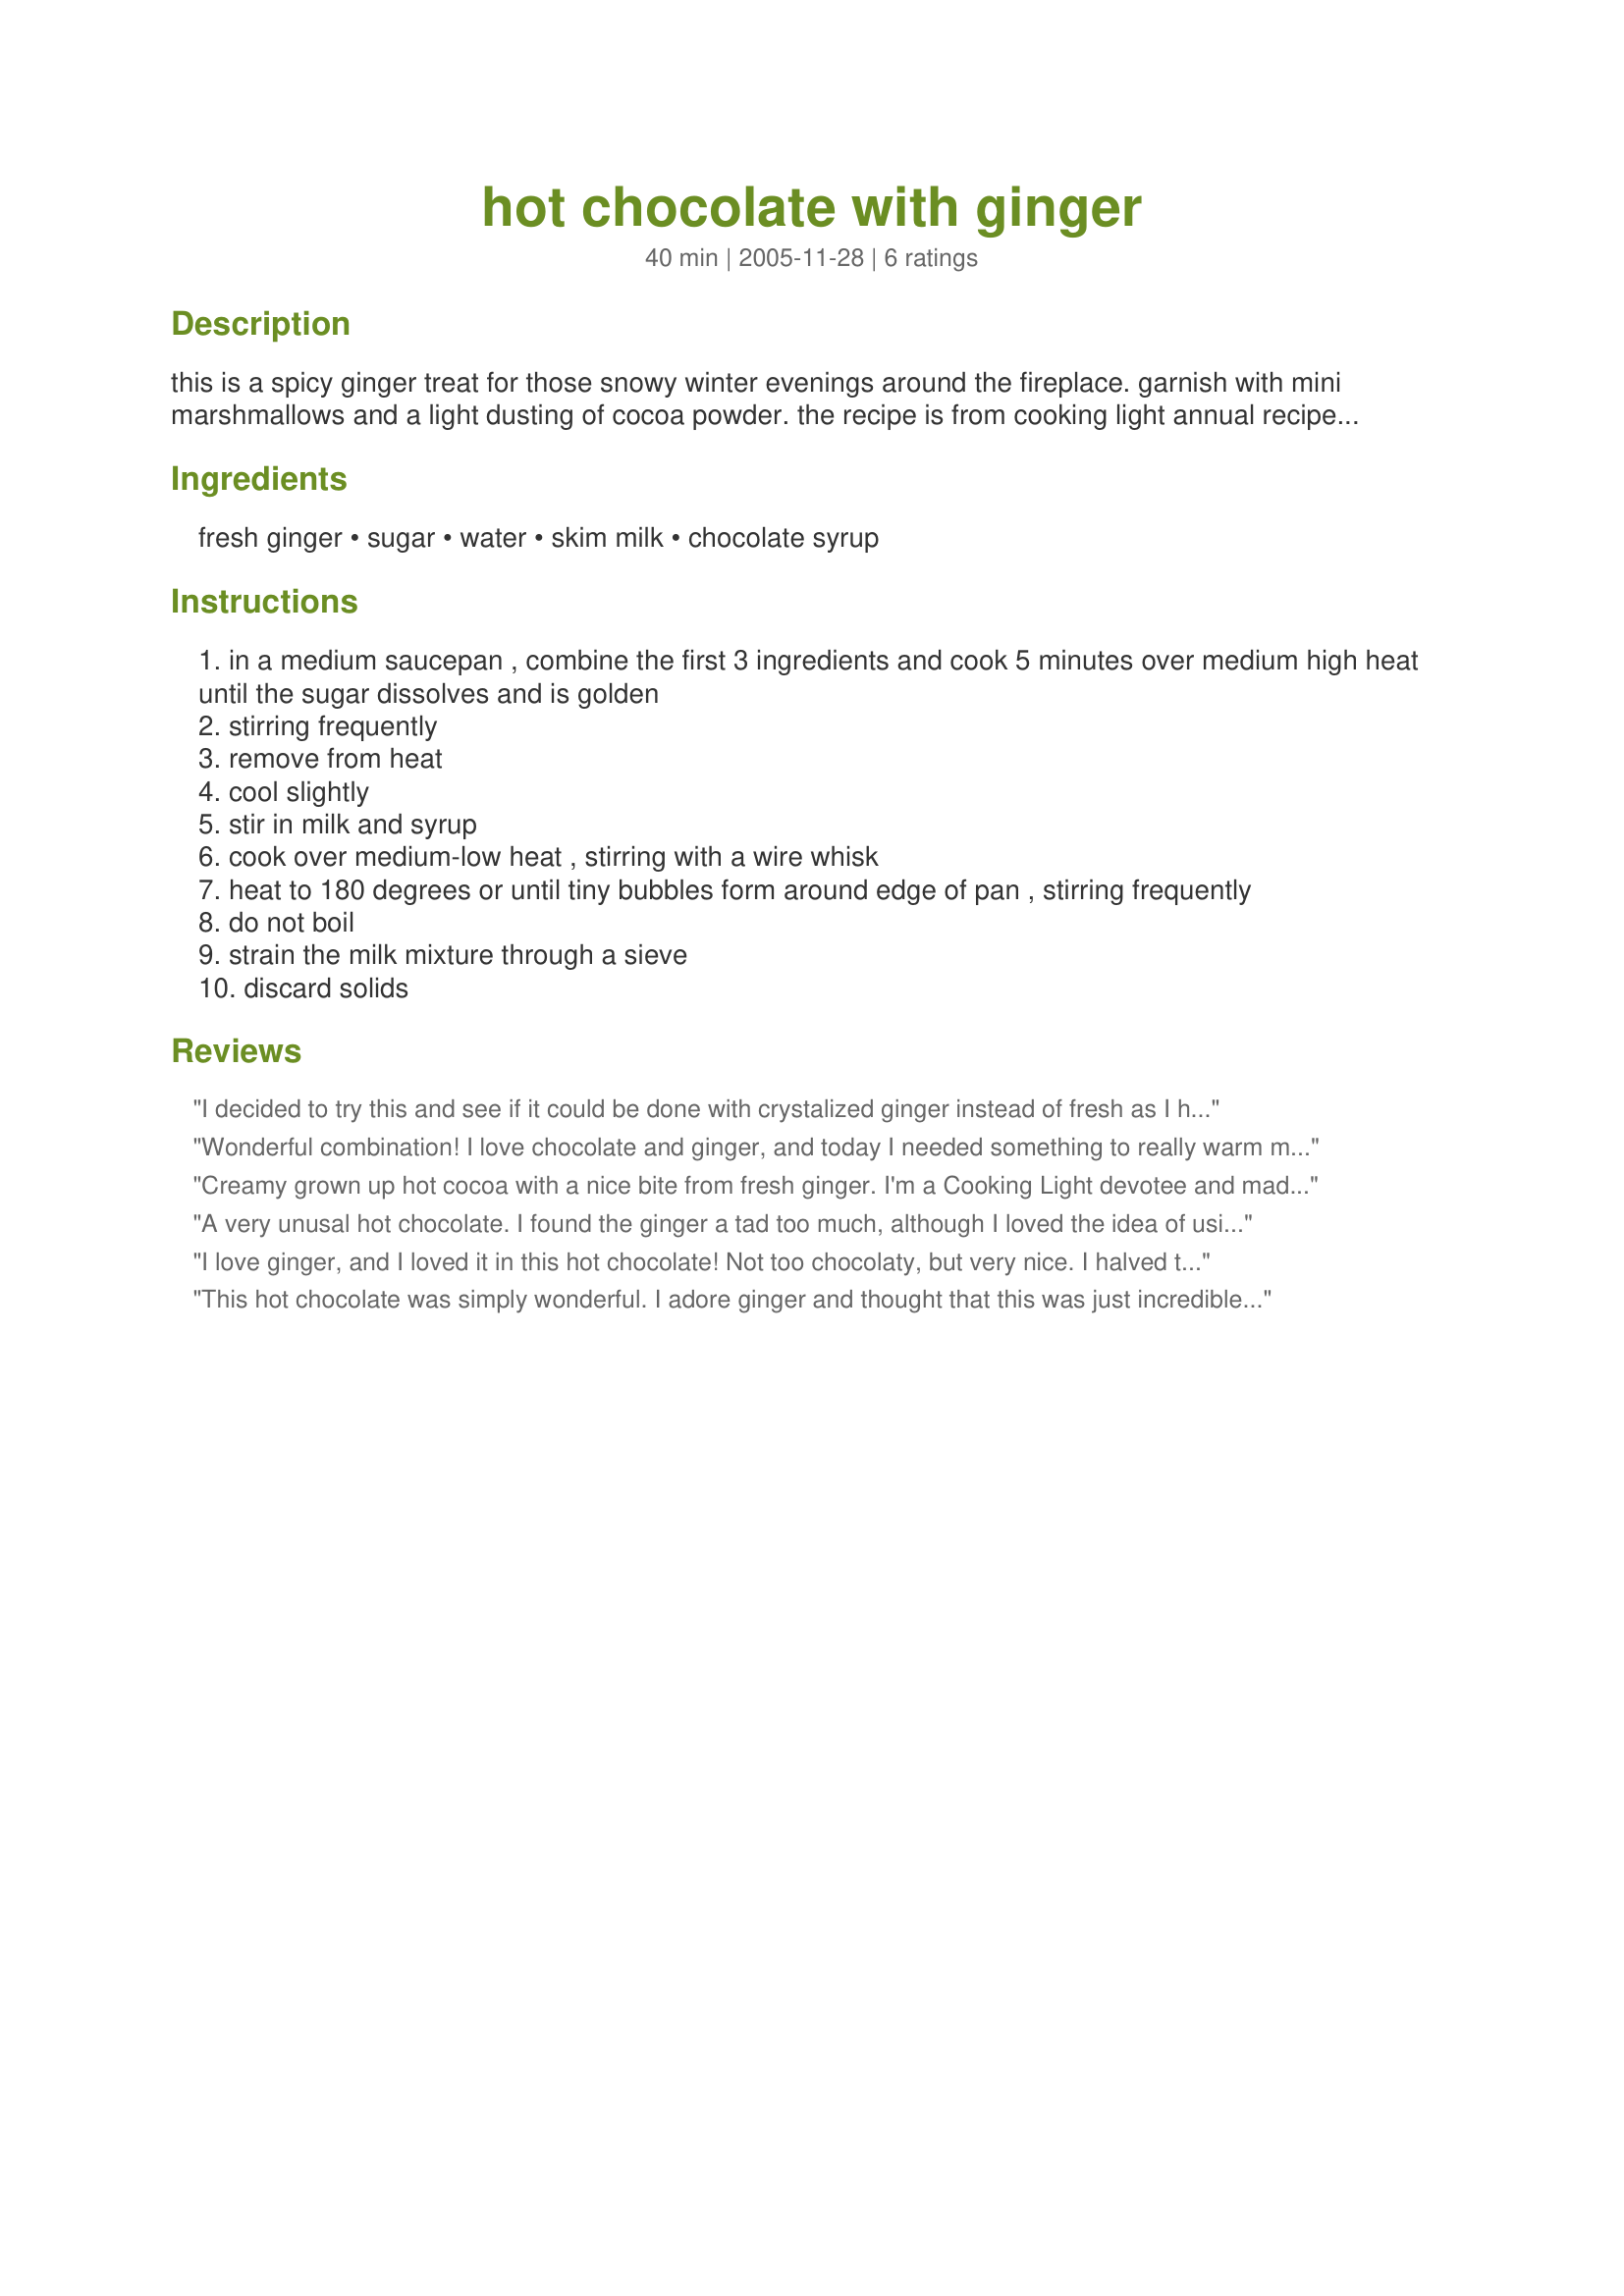
hot chocolate with ginger
Preparation time: 40 minutes

this is a spicy ginger treat for those snowy winter evenings around the fireplace. garnish with mini marshmallows and a light dusting of cocoa powder. the recipe is from cooking light annual recipes 2002.

Ingredients:
fresh ginger, sugar, water, skim milk, chocolate syrup

Steps:
in a medium saucepan , combine the first 3 ingredients and cook 5 minutes over medium high heat until the sugar dissolves and is golden
stirring frequently
remove from heat
cool slightly
stir in milk and syrup
cook over medium-low heat , stirring with a wire whisk
heat to 180 degrees or until tiny bubbles form around edge of pan , stirring frequently
do not boil
strain the milk mixture through a sieve
discard solids

Reviews:
 I decided to try this and see if it could be done with crystalized ginger instead of fresh as I have a ton right now. It worked well. The only problem I had was that, after the sugar is carmelized a bit, the recipe says to cool it a bit. Just by taking it off the heat it got so hard it made it tough to continue for a while. I think next time I would want to just add the milk and syrup immediately. I used a dark chocolate syrup and mostly skim milk (but I was about 1/3 cup short so I filled it with fat free half and half). I topped it with some fat free cool-whip and I enjoyed it a lot. Dh thought it was a bit more gingery then he would like. So I think this is a lovely hot cocoa for those that love ginger. Original review was 1/6/06. Updated to add that I left it in the fridge because I had made more then I could drink at once. A few days later I went to get it out to microwave but decided to first try it cold. This makes a lovely grown up (very complex tasting) chocolate milk! Of course you still need to love ginger, but it was very good. Just another idea for it!
Wonderful combination! I love chocolate and ginger, and today I needed something to really warm me up - this was just perfect! Definitely a keeper!! Thanks for posting.
Made for Comfort Cafe Snow Queen 2010.
Creamy grown up hot cocoa with a nice bite from fresh ginger. I'm a Cooking Light devotee and made this recipe when it was published..then promptly forgot about it. Thanks, Paula, for the reminder and for posting a fabulous recipe!
A very unusal hot chocolate. I found the ginger a tad too much, although I loved the idea of using chocolate syrup to flavour the milk.
I love ginger, and I loved it in this hot chocolate! Not too chocolaty, but very nice. I halved the recipe. Thanks Paula!
This hot chocolate was simply wonderful. I adore ginger and thought that this was just incredible a perfect blending of spice and chocolate. I used fresh ginger and 1% milk, the end result was a rich, creamy drink. This was a lovely warming, spicy hot chocolate with attitude. I served this with whipped cream and a slice of candied ginger. Thank you so much for sharing.
